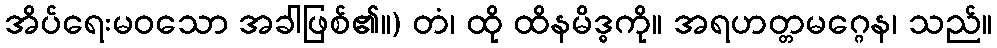
အိပ်ရေးမဝသော အခါဖြစ်၏။) တံ၊ ထို ထိနမိဒ္ဓကို။ အရဟတ္တမဂ္ဂေန၊ သည်။